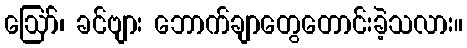
ဪ၊ ခင်ဗျား ဘောက်ချာတွေတောင်းခဲ့သလား။